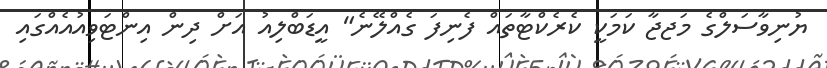
ޔުނިވާސަލްގެ މަޖޖާ ކަމަކީ ކެރެކްޓާތައް ފެނިފަ ގެއްލޭނެ" އީޑަބްލިއު އަށް ދިން އިންޓަވިއުއެއްގައި